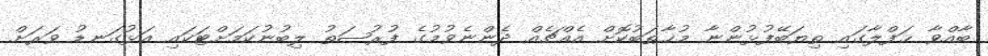
ބާއްވާ ޙަފްލާގައި ތިޔަބޭފުޅުންނާ މުޚާޠަބުކޮށް އެއްޗެއް ދެންނެވުމުގެ ފުރުޞަތު ލިބުނުކަމަށްޓަކައި އަޅުގަނޑު ވަރަށް